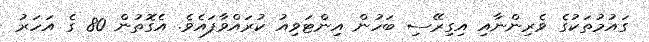
ގައުމުތަކުގެ ވެރިންނާއި އިގިރޭސި ބަހުން އިންޓަވިއު ކުރައްވާފައެވެ. އެގޮތުން 80 ގެ އަހަރު